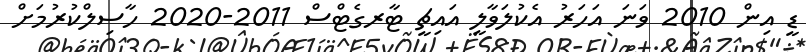
ޑީ އިން 2010 ވަނަ އަހަރު އެކުލަވާލީ އައިޗީ ޓާރގެޓްސް 2011-2020 ހާސިލްކުރުމަށް